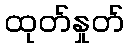
ထုတ်နှုတ်